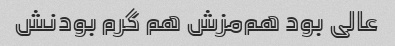
عالی بود هم‌مزش هم گرم بودنش